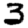
Digit: 3